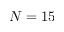
N = 1 5